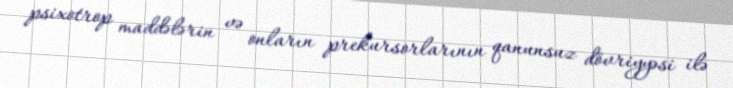
psixotrop maddələrin və onların prekursorlarının qanunsuz dövriyyəsi ilə